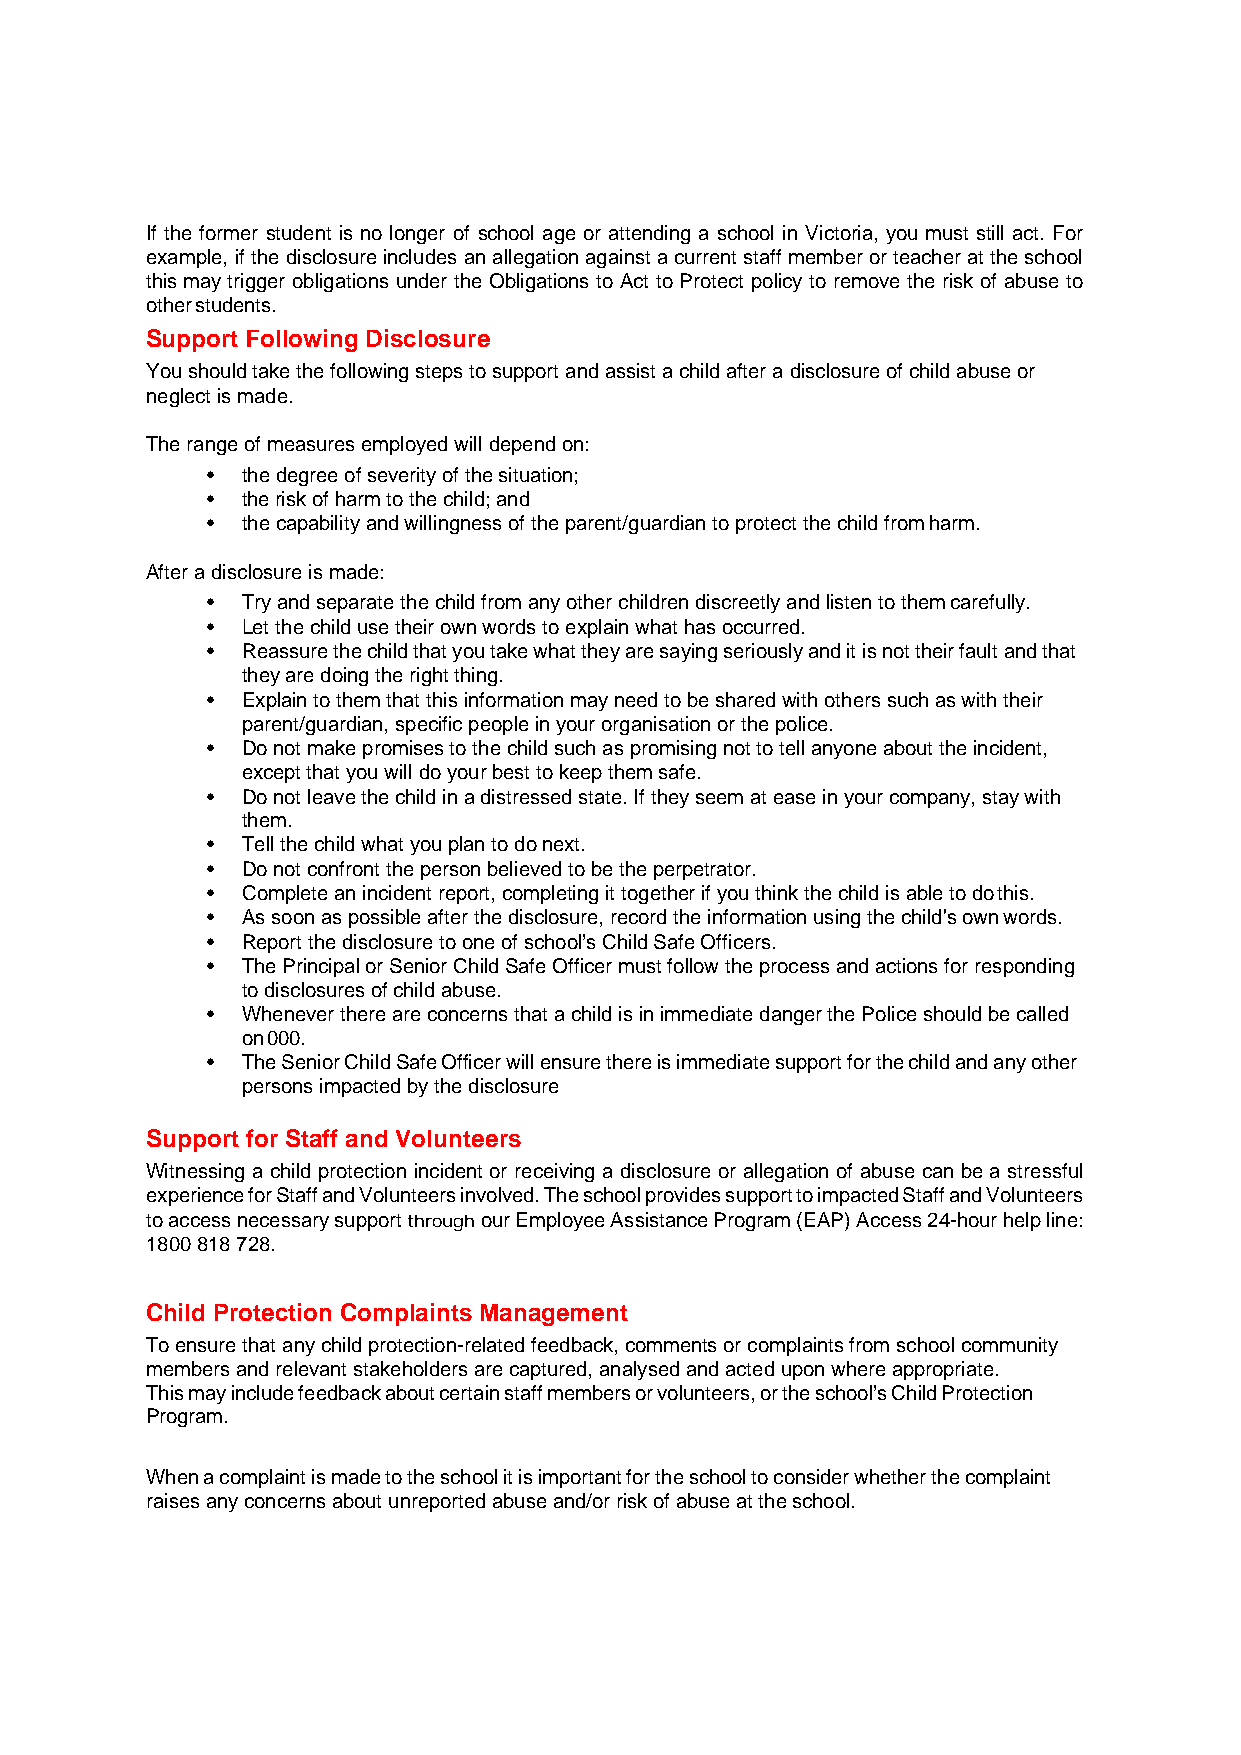
If the former student is no longer of school age or attending a school in Victoria, you must still act. For
 example, if the disclosure includes an allegation against a current staff member or teacher at the school
 this may trigger obligations under the Obligations to Act to Protect policy to remove the risk of abuse to
 other students.
 Support Following Disclosure
 You should take the following steps to support and assist a child after a disclosure of child abuse or
 neglect is made.
 The range of measures employed will depend on:
 • the degree of severity of the situation;
 • the risk of harm to the child; and
 • the capability and willingness of the parent/guardian to protect the child from harm.
 After a disclosure is made:
 • Try and separate the child from any other children discreetly and listen to them carefully.
 • Let the child use their own words to explain what has occurred.
 • Reassure the child that you take what they are saying seriously and it is not their fault and that
 they are doing the right thing.
 • Explain to them that this information may need to be shared with others such as with their
 parent/guardian, specific people in your organisation or the police.
 • Do not make promises to the child such as promising not to tell anyone about the incident,
 except that you will do your best to keep them safe.
 • Do not leave the child in a distressed state. If they seem at ease in your company, stay with
 them.
 • Tell the child what you plan to do next.
 • Do not confront the person believed to be the perpetrator.
 • Complete an incident report, completing it together if you think the child is able to do this.
 • As soon as possible after the disclosure, record the information using the child's own words.
 • Report the disclosure to one of school’s Child Safe Officers.
 • The Principal or Senior Child Safe Officer must follow the process and actions for responding
 to disclosures of child abuse.
 • Whenever there are concerns that a child is in immediate danger the Police should be called
 on 000.
 • The Senior Child Safe Officer will ensure there is immediate support for the child and any other
 persons impacted by the disclosure
 Support for Staff and Volunteers
 Witnessing a child protection incident or receiving a disclosure or allegation of abuse can be a stressful
 experience for Staff and Volunteers involved. The school provides support to impacted Staff and Volunteers
 to access necessary support through our Employee Assistance Program (EAP) Access 24-hour help line:
 1800 818 728.
 Child Protection Complaints Management
 To ensure that any child protection-related feedback, comments or complaints from school community
 members and relevant stakeholders are captured, analysed and acted upon where appropriate.
 This may include feedback about certain staff members or volunteers, or the school’s Child Protection
 Program.
 When a complaint is made to the school it is important for the school to consider whether the complaint
 raises any concerns about unreported abuse and/or risk of abuse at the school.